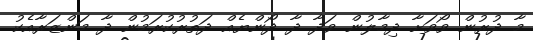
މާ ދުރުން ވޯވަށާ ދިމާލުން ވަދާ ދާ ދޯންޔެއް ދަތުރުކުރަމުން ދާ މަންޒަރާއެކު